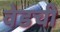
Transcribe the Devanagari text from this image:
वेडची